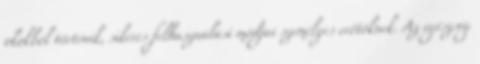
okokból történik, sikeres felhasználási módjai személyes erőtöknek. Az egészség